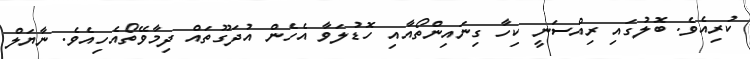
ކުރިއެވެ. ބޮލުގައި ރިއްސަނީ ކިހާ ގިނައިންތޯއާއި ހޮޑުލަވާ އެހެން އުދަގޫތައް ދިމާވޭތޯއެހިއެވެ. ނާޔަލް